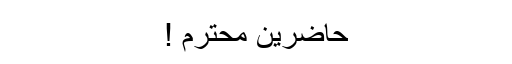
حاضرین محترم !